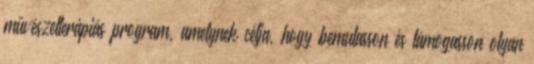
művészetterápiás program, amelynek célja, hogy bemutasson és támogasson olyan